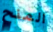
المنح